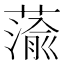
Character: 蕍